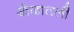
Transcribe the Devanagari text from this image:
खेळातली